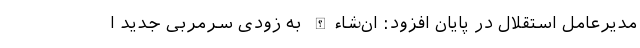
مدیرعامل استقلال در پایان افزود: ان‌شاءالله به زودی سرمربی جدید ا